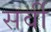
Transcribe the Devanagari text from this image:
सर्वी